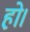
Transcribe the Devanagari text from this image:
हो़।